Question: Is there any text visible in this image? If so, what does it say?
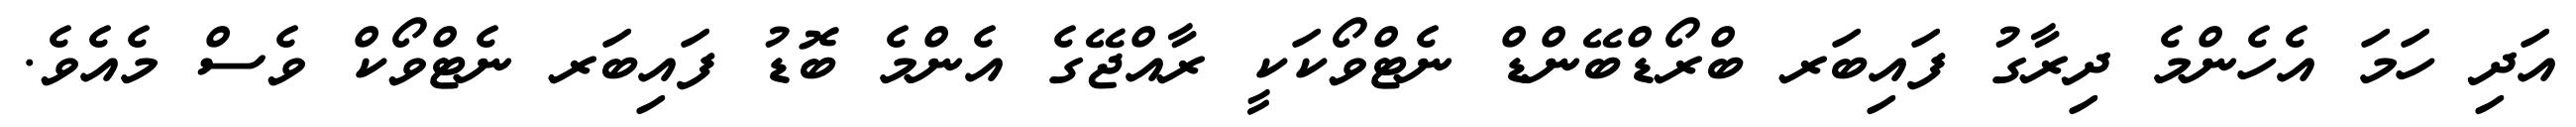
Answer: އަދި ހަމަ އެހެންމެ ދިރާގު ފައިބަރ ބްރޯޑްބޭންޑް ނެޓްވޯކަކީ ރާއްޖޭގެ އެންމެ ބޮޑު ފައިބަރ ނެޓްވޯކް ވެސް މެއެވެ.